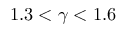
1 . 3 < \gamma < 1 . 6